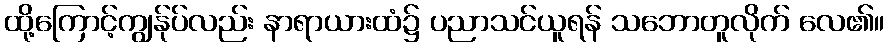
ထို့ကြောင့်ကျွန်ုပ်လည်း နာရာယားထံ၌ ပညာသင်ယူရန် သဘောတူလိုက် လေ၏။